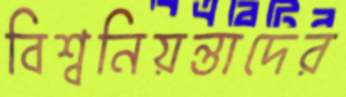
বিশ্বনিয়ন্তাদের